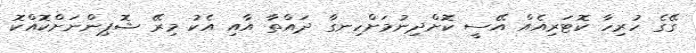
ގޭގެ ހުރިހާ ކޮޓަރިއެއް އޭސީ ކޮށްދިނުމަށްހިނގާ ދައްތާ އާއި އެކު މިރޭ ޝޮޕިންނަަށްކޮއްކޮ